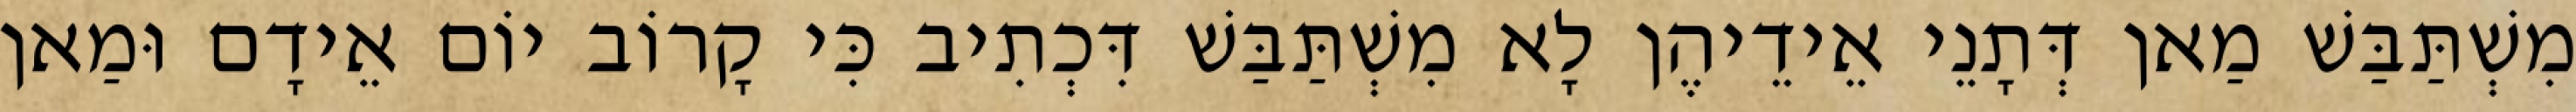
מִשְׁתַּבַּשׁ מַאן דְּתָנֵי אֵידֵיהֶן לָא מִשְׁתַּבַּשׁ דִּכְתִיב כִּי קָרוֹב יוֹם אֵידָם וּמַאן